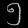
Digit: ၅